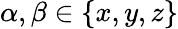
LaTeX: \alpha,\beta\in\left\{ x,y,z\right\}